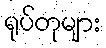
ရုပ်တုများ